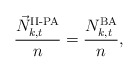
\begin{align*}\frac{\vec N_{k,t}^{\textup{II-PA}}}{n}=\frac{N_{k,t}^{\textup{BA}}}{n},\end{align*}